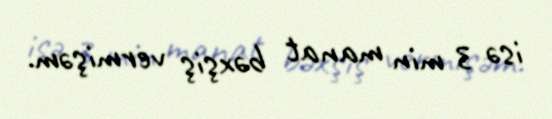
isə 3 min manat bəxşiş vermişəm.